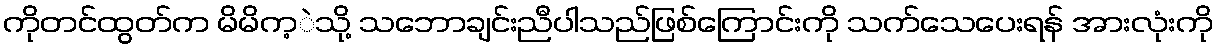
ကိုတင်ထွတ်က မိမိက့ဲသို့ သဘောချင်းညီပါသည်ဖြစ်ကြောင်းကို သက်သေပေးရန် အားလုံးကို